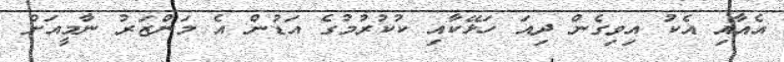
އެއާއި އެކު އިވިގެން ދިއަ ހަޅޭކާއި ކުކުރުމުގެ އަޑުން އެ މަންޒަރު ނާމީއަށް